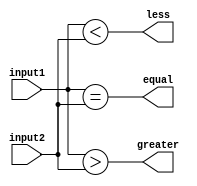
module unsigned_comparator(
    input [31:0] input1,
    input [31:0] input2,
    output greater,
    output less,
    output equal
);

assign greater = (input1 > input2);
assign less = (input1 < input2);
assign equal = (input1 == input2);

endmodule